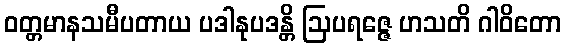
ဝတ္တမာနသမီပတာယ ပဒါနုပဒန္တိ ဩပရဇ္ဇေ ဟသတိ ဂါဝိတော